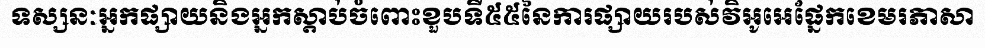
ទស្សនៈអ្នកផ្សាយនិងអ្នកស្តាប់ចំពោះខួបទី៥៥នៃការផ្សាយរបស់វិអូអេផ្នែកខេមរភាសា